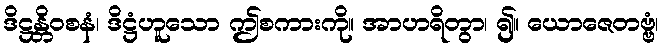
ဒိဋ္ဌန္တိဝစနံ၊ ဒိဋ္ဌံဟူသော ဤစကားကို။ အာဟရိတွာ၊ ၍။ ယောဇေတဗ္ဗံ၊